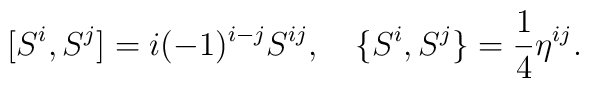
[S^i, S^j] = i (-1)^{i-j} S^{ij},\quad \{S^i, S^j\} = \frac{1}{4} \eta^{ij}.